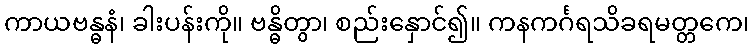
ကာယဗန္ဓနံ၊ ခါးပန်းကို။ ဗန္ဓိတွာ၊ စည်းနှောင်၍။ ကနကင်္ဂရသိခရမတ္တကေ၊